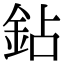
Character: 鉆